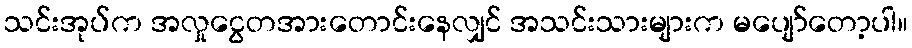
သင်းအုပ်က အလှုငွေတအားတောင်းနေလျှင် အသင်းသားများက မပျော်တော့ပါ။